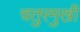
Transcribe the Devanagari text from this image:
चतुरमुखी